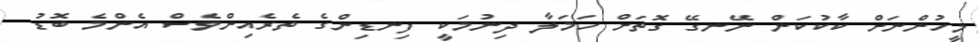
މީހުންނަށް ކާކުކަން ނޭނގޭ ގޮތަށް ހަމަލާ ދިނުމަކީ ފިނޑިންގެ ތެރެއިންވެސް އެންމެ ބޮޑު